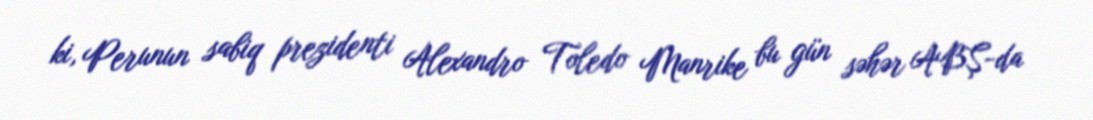
ki, Perunun sabiq prezidenti Alexandro Toledo Manrike bu gün səhər ABŞ-da